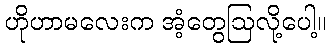
ဟိုဟာမလေးက အံ့တွေဩလို့ပေါ့။